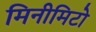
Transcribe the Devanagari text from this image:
मिनीमिटो